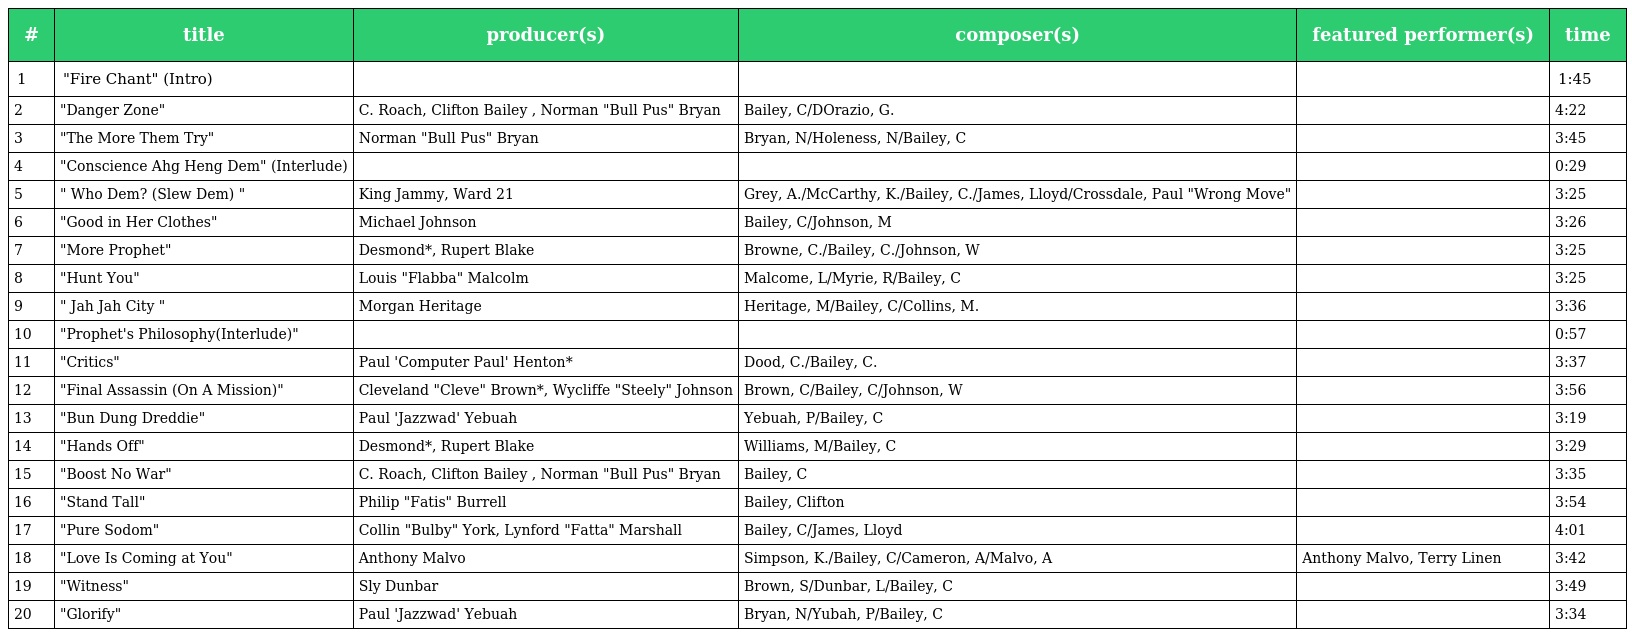
| # | title | producer(s) | composer(s) | featured performer(s) | time |
 | --- | --- | --- | --- | --- | --- |
 | 1 | "Fire Chant" (Intro) |  |  |  | 1:45 |
 | 2 | "Danger Zone" | C. Roach, Clifton Bailey , Norman "Bull Pus" Bryan | Bailey, C/DOrazio, G. |  | 4:22 |
 | 3 | "The More Them Try" | Norman "Bull Pus" Bryan | Bryan, N/Holeness, N/Bailey, C |  | 3:45 |
 | 4 | "Conscience Ahg Heng Dem" (Interlude) |  |  |  | 0:29 |
 | 5 | " Who Dem? (Slew Dem) " | King Jammy, Ward 21 | Grey, A./McCarthy, K./Bailey, C./James, Lloyd/Crossdale, Paul "Wrong Move" |  | 3:25 |
 | 6 | "Good in Her Clothes" | Michael Johnson | Bailey, C/Johnson, M |  | 3:26 |
 | 7 | "More Prophet" | Desmond*, Rupert Blake | Browne, C./Bailey, C./Johnson, W |  | 3:25 |
 | 8 | "Hunt You" | Louis "Flabba" Malcolm | Malcome, L/Myrie, R/Bailey, C |  | 3:25 |
 | 9 | " Jah Jah City " | Morgan Heritage | Heritage, M/Bailey, C/Collins, M. |  | 3:36 |
 | 10 | "Prophet's Philosophy(Interlude)" |  |  |  | 0:57 |
 | 11 | "Critics" | Paul 'Computer Paul' Henton* | Dood, C./Bailey, C. |  | 3:37 |
 | 12 | "Final Assassin (On A Mission)" | Cleveland "Cleve" Brown*, Wycliffe "Steely" Johnson | Brown, C/Bailey, C/Johnson, W |  | 3:56 |
 | 13 | "Bun Dung Dreddie" | Paul 'Jazzwad' Yebuah | Yebuah, P/Bailey, C |  | 3:19 |
 | 14 | "Hands Off" | Desmond*, Rupert Blake | Williams, M/Bailey, C |  | 3:29 |
 | 15 | "Boost No War" | C. Roach, Clifton Bailey , Norman "Bull Pus" Bryan | Bailey, C |  | 3:35 |
 | 16 | "Stand Tall" | Philip "Fatis" Burrell | Bailey, Clifton |  | 3:54 |
 | 17 | "Pure Sodom" | Collin "Bulby" York, Lynford "Fatta" Marshall | Bailey, C/James, Lloyd |  | 4:01 |
 | 18 | "Love Is Coming at You" | Anthony Malvo | Simpson, K./Bailey, C/Cameron, A/Malvo, A | Anthony Malvo, Terry Linen | 3:42 |
 | 19 | "Witness" | Sly Dunbar | Brown, S/Dunbar, L/Bailey, C |  | 3:49 |
 | 20 | "Glorify" | Paul 'Jazzwad' Yebuah | Bryan, N/Yubah, P/Bailey, C |  | 3:34 |